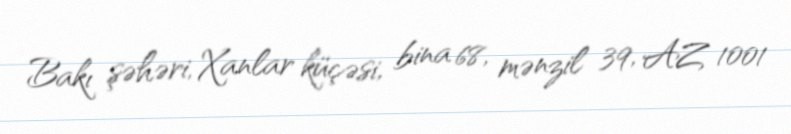
Bakı şəhəri, Xanlar küçəsi, bina 68, mənzil 39, AZ 1001